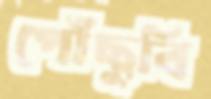
পৌঁছুবি